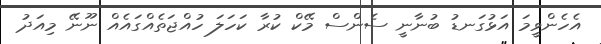
އެހެންވީމަ އަޅުގަނޑު ބުނާނީ ސެންސް މޭކް ކުރާ ކަހަލަ ހުއްޖަތެއްގައެއް ނޫނޭ މިއަދު